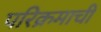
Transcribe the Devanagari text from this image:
परिक्रमाची